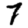
Digit: 7